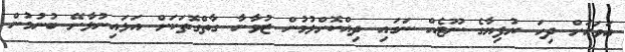
އަވަހަށް ދިހަ ރުފިޔާގެ ނޫޓެއް ނަގައި ދިއްކޮށްލުމުން ޒުވާނާ ގާތްގޮތަކަށް އަޅައިނުލާށޭ ބުނުމުން